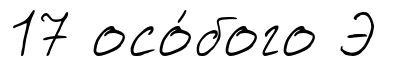
17 осо́бого Э